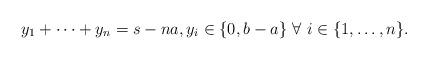
LaTeX: \begin{align*}y_1+\dots+y_n=s-na,y_i\in \{0, b-a\}\,\,\forall \ i\in \{1,\dots,n\}.\end{align*}